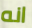
انه